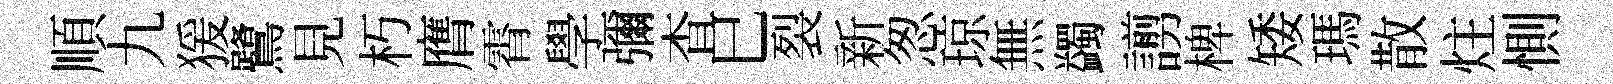
順九猨鷺見朽膺霄學彌查巳裂新怱琼無蠲謭椑矮瑪散炷惻